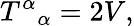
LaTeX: T^{\alpha}{}_{\alpha}=2V,